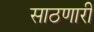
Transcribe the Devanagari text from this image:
साठणारी